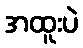
အထူးပဲ